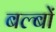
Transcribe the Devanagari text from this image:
बल्‍बों